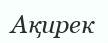
Ақирек